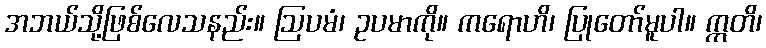
အဘယ်သို့ဖြစ်လေသနည်း။ ဩပမံ၊ ဥပမာကို။ ကရောဟိ၊ ပြုတော်မူပါ။ ဣတိ၊